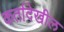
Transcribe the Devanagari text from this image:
कर्तादेखील